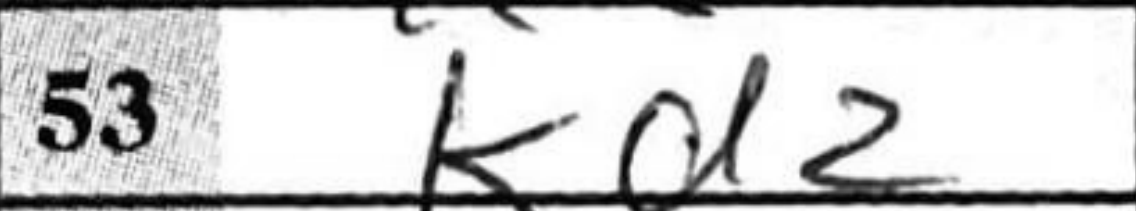
Transcription: Kd2